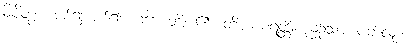
ခိပိတွာ၊ ပစ်၍ ပစ်၍။ ဂဏေတိ၊ ၏။ တိယာမရတ္တိံ၊ ညဉ့်သုံးယံပတ်လုံး။